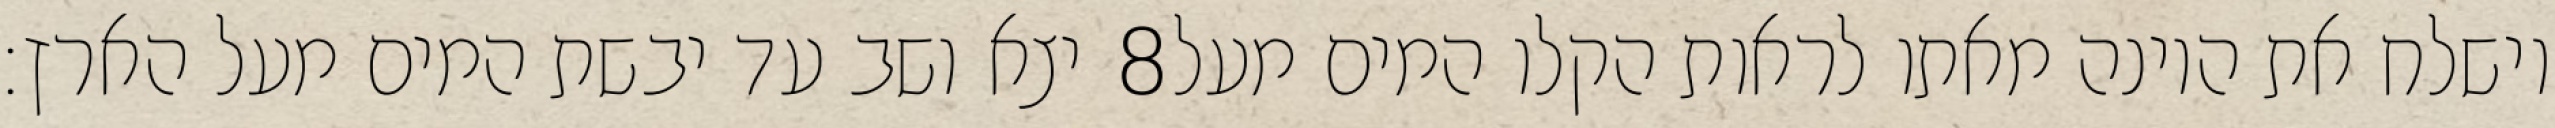
יצא ושב עד יבשת המים מעל הארץ׃ ‎8‏ וישלח את היונה מאתו לראות הקלו המים מעל